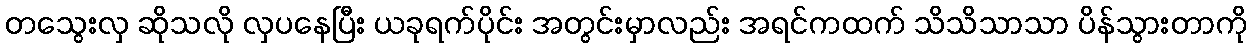
တသွေးလှ ဆိုသလို လှပနေပြီး ယခုရက်ပိုင်း အတွင်းမှာလည်း အရင်ကထက် သိသိသာသာ ပိန်သွားတာကို